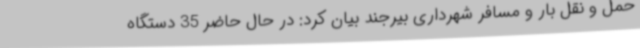
حمل و نقل بار و مسافر شهرداری بیرجند بیان کرد: در حال حاضر 35 دستگاه